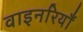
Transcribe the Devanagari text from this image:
वाइनरियाँ